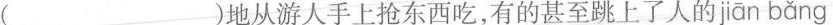
()地从游人手上抢东西吃，有的甚至跳上了人的 jiān bǎng